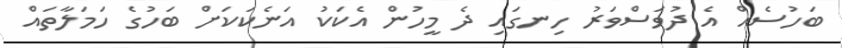
ބަހުސެއް އެ ދުވަސްވަރު ހިނގައި ދެ މީހުން އެކަކު އަނެކަކަށް ބަހުގެ ހަމަލާތައް